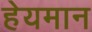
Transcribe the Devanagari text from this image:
हेयमान